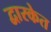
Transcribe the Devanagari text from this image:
द्वारकेत